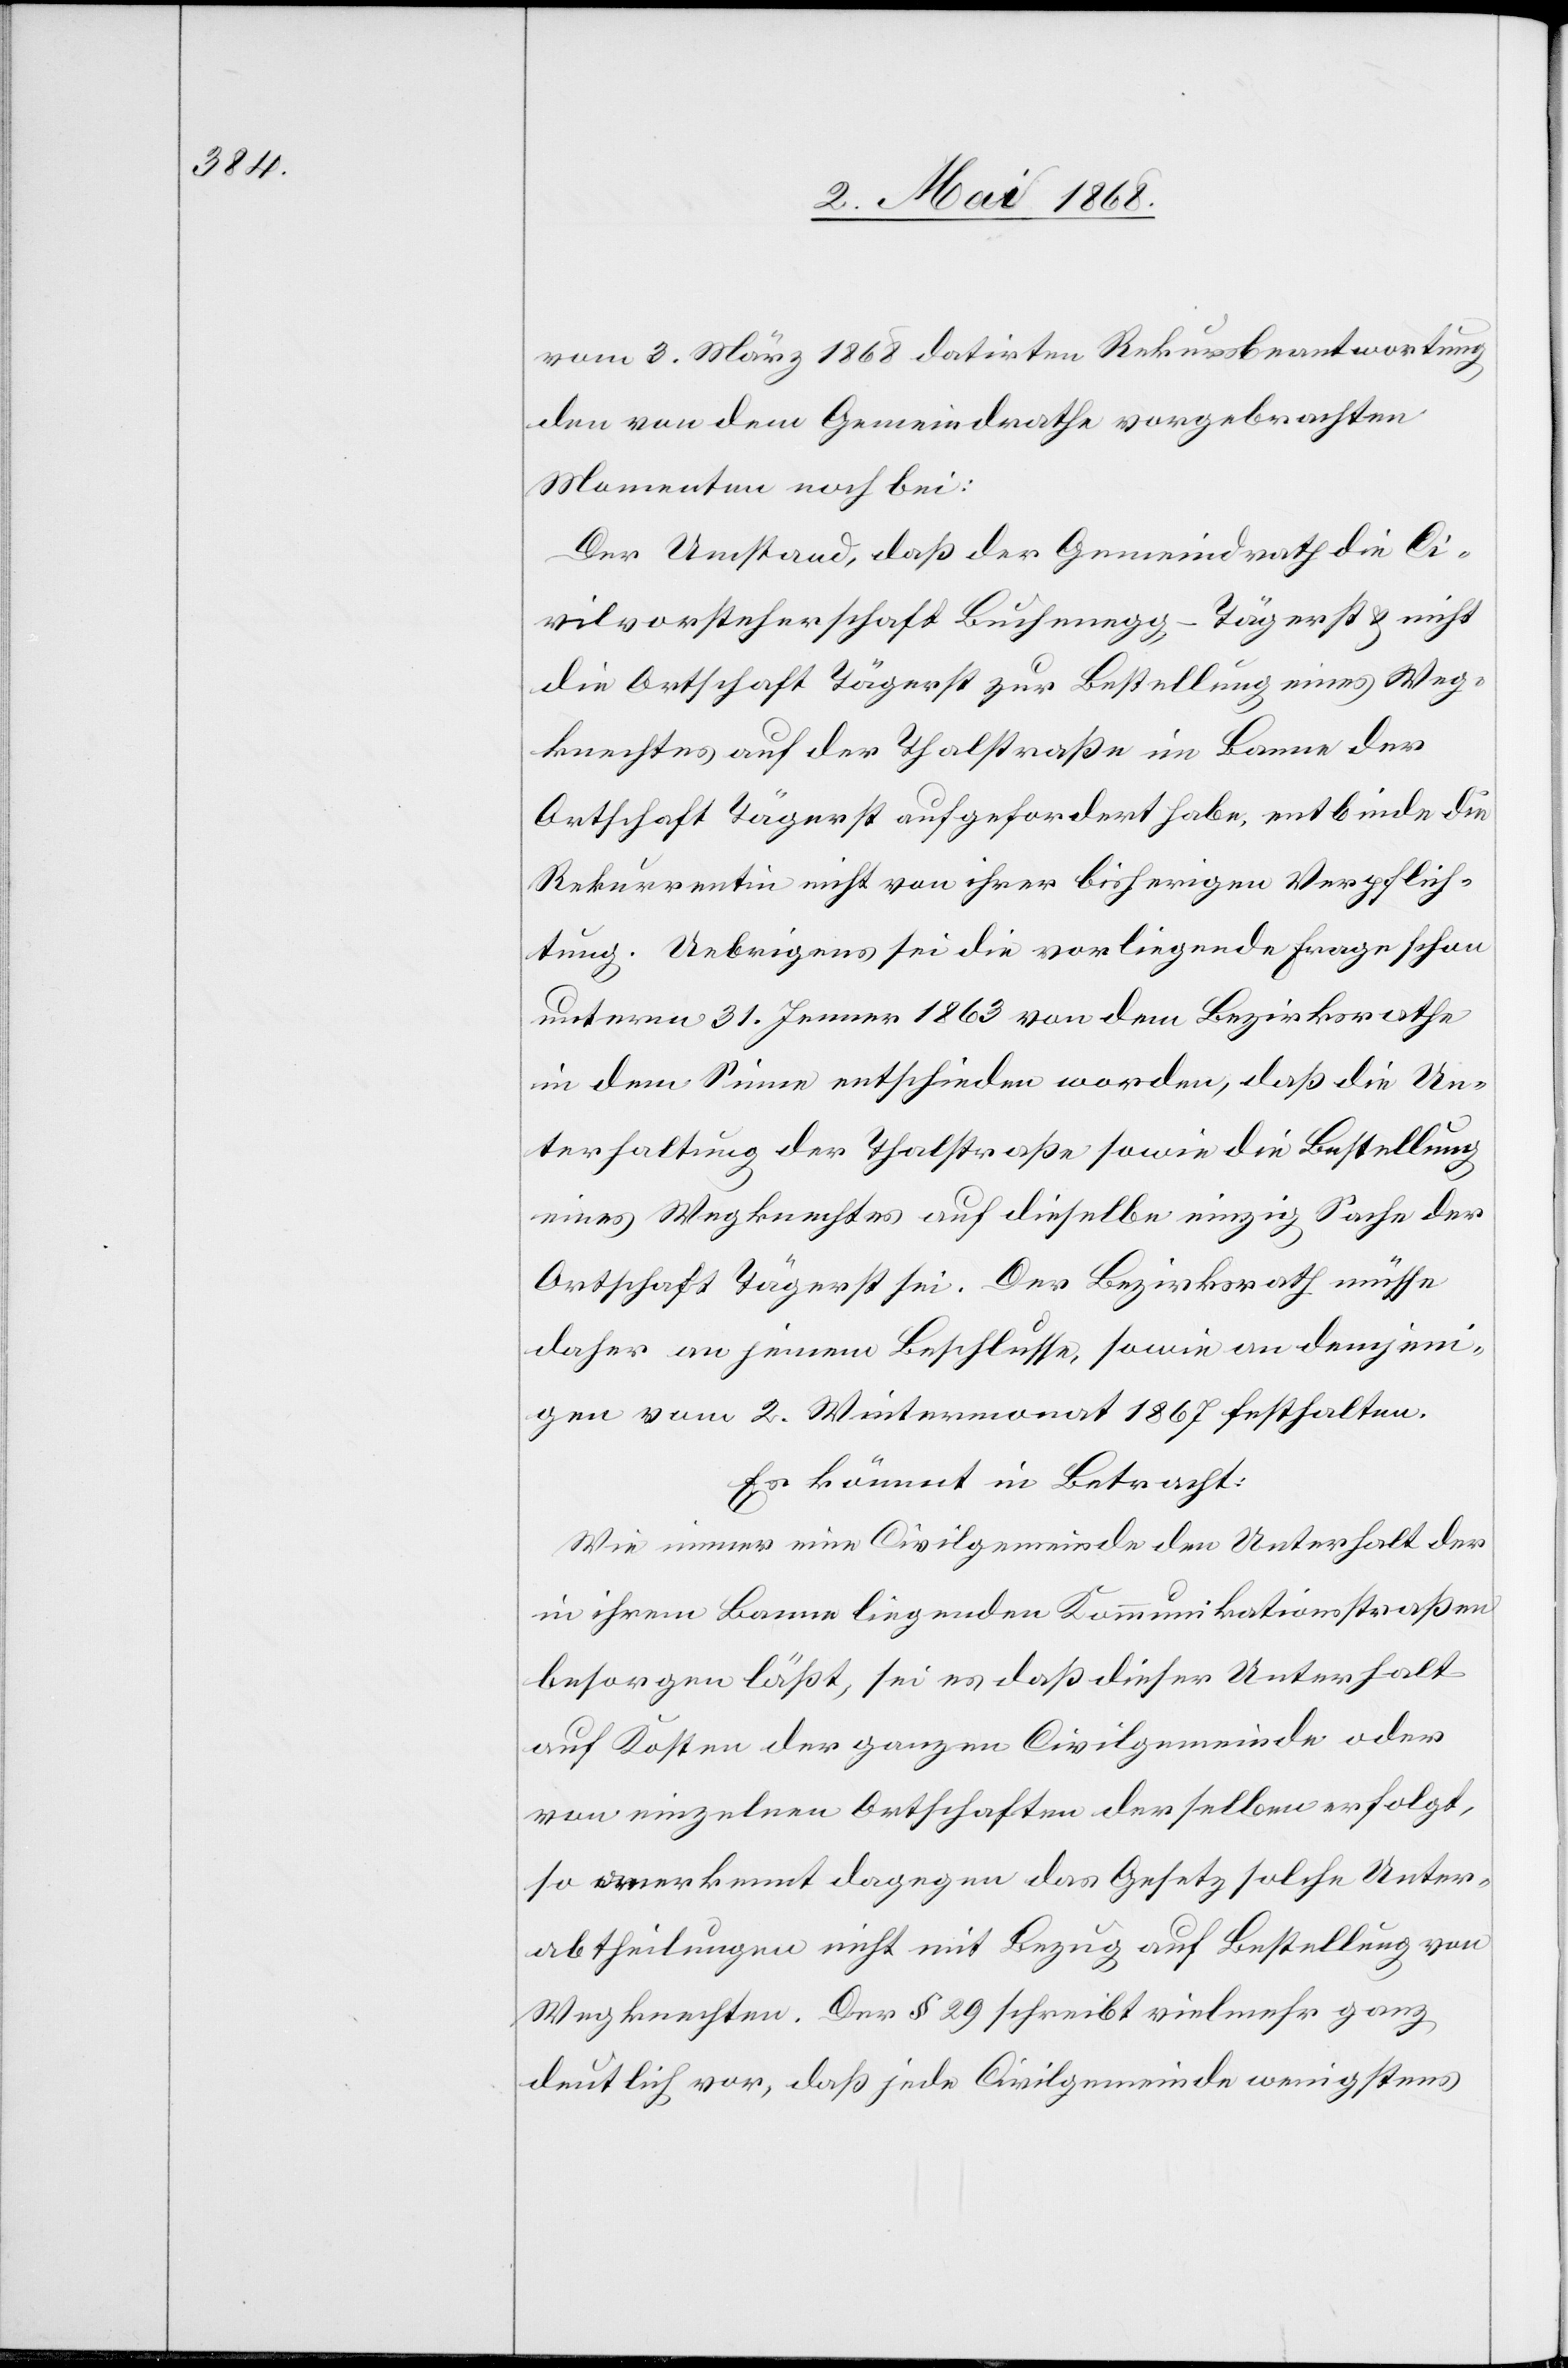
vom 3. März 1868 datirten Rekursbeantwortung
den von dem Gemeindrathe vorgebrachten
Momenten noch bei:
Der Umstand, daß der Gemeindrath die Ci¬
vilvorsteherschaft Buchenegg-Tägerst & nicht
die Ortschaft Tägerst zur Bestellung eines Weg¬
knechtes auf der Thalstraße im Banne der
Ortschaft Tägerst aufgefordert habe, entbinde die
Rekurrentin nicht von ihrer bisherigen Verpflich¬
tung. Uebrigens sei die vorliegende Frage schon
unterm 31. Jenner 1863 von dem Bezirksrathe
in dem Sinne entschieden worden, daß die Un¬
terhaltung der Thalstraße sowie die Bestellung
eines Wegknechtes auf dieselbe einzig Sache der
Ortschaft Tägerst sei. Der Bezirksrath müsse
daher an jenem Beschlusse, sowie an demjeni¬
gen vom 2. Wintermonat 1867 festhalten.
Es kömmt in Betracht:
Wie immer eine Civilgemeinde den Unterhalt der
in ihrem Banne liegenden Kommunikationsstraßen
besorgen läßt, sei es daß dieser Unterhalt
auf Kosten der ganzen Civilgemeinde oder
von einzelnen Ortschaften derselben erfolgt,
so anerkennt dagegen das Gesetz solche Unter¬
abtheilungen nicht mit Bezug auf Bestellung von
Wegknechten. Der § 29 schreibt vielmehr ganz
deutlich vor, daß jede Civilgemeinde wenigstens